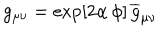
g _ { \mu \nu } = \exp [ 2 \alpha \, \phi ] \, \overline { { { g } } } _ { \mu \nu }